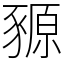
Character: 豲